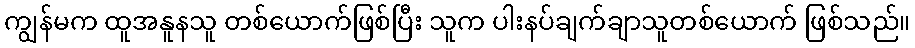
ကျွန်မက ထူအနူနသူ တစ်ယောက်ဖြစ်ပြီး သူက ပါးနပ်ချက်ချာသူတစ်ယောက် ဖြစ်သည်။